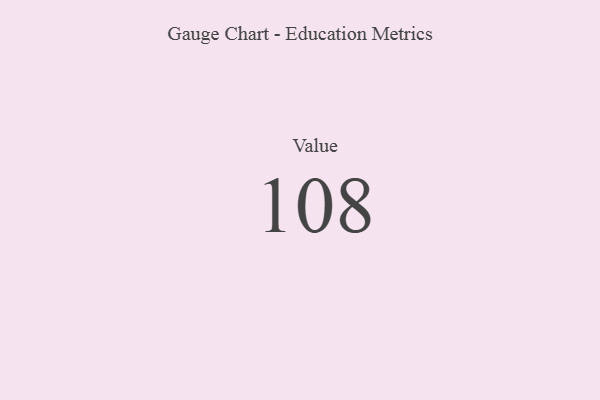
{"axis": {"x": "Metric", "y": "Value"}, "legend": [""], "data": [{"x": "Value", "y": 108, "type": ""}]}